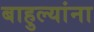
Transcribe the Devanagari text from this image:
बाहुल्यांना